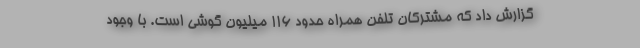
گزارش داد که مشترکان تلفن همراه حدود ۱۱۶ میلیون گوشی است. با وجود